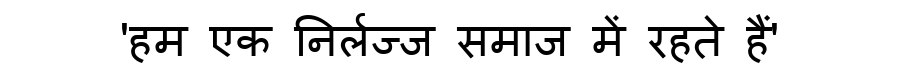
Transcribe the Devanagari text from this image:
'हम एक निर्लज्ज समाज में रहते हैं'